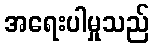
အရေးပါမှုသည်